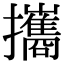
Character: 攜